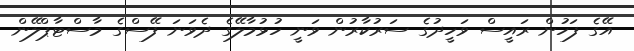
އޭގެ ފަހުން ރައީސް ވަހީދުގެ ސަރުކާރުން ވަނީ ހުޅުމާލޭގެ ދެވަނަ ފޭސްގެ މާސްޓާޕްލޭން